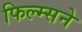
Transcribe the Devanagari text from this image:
फिल्म्सने